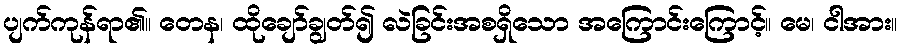
ပျက်ကုန်ရာ၏။ တေန၊ ထိုချော်ချွတ်၍ လဲခြင်းအစရှိသော အကြောင်းကြောင့်။ မေ၊ ငါအား။